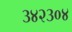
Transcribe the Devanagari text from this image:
३४२३०४